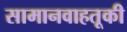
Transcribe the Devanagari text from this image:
सामानवाहतूकी